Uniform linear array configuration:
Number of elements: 48
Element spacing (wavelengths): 0.5
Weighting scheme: cosine
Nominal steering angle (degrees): -45
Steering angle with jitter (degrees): -43.942
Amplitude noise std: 0.05
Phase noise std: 0.05

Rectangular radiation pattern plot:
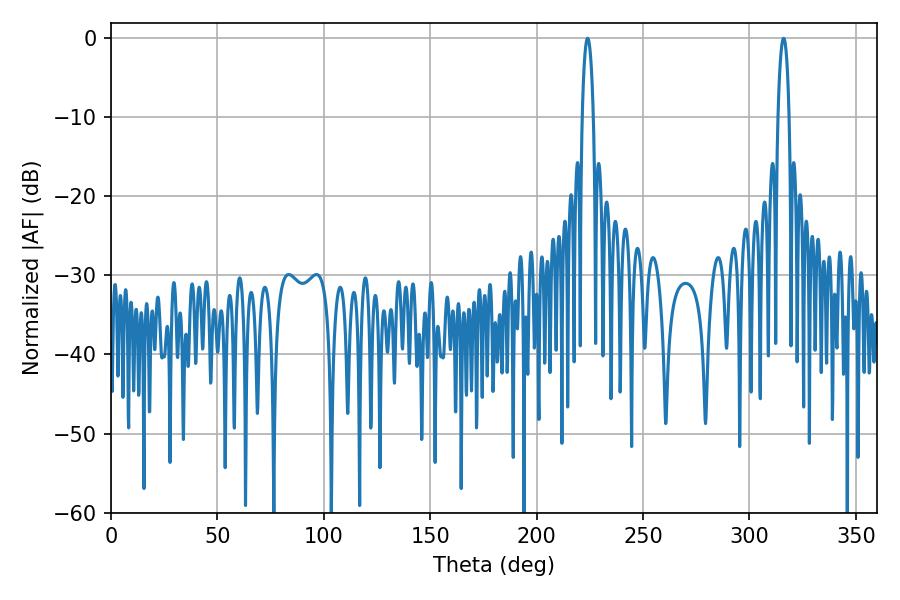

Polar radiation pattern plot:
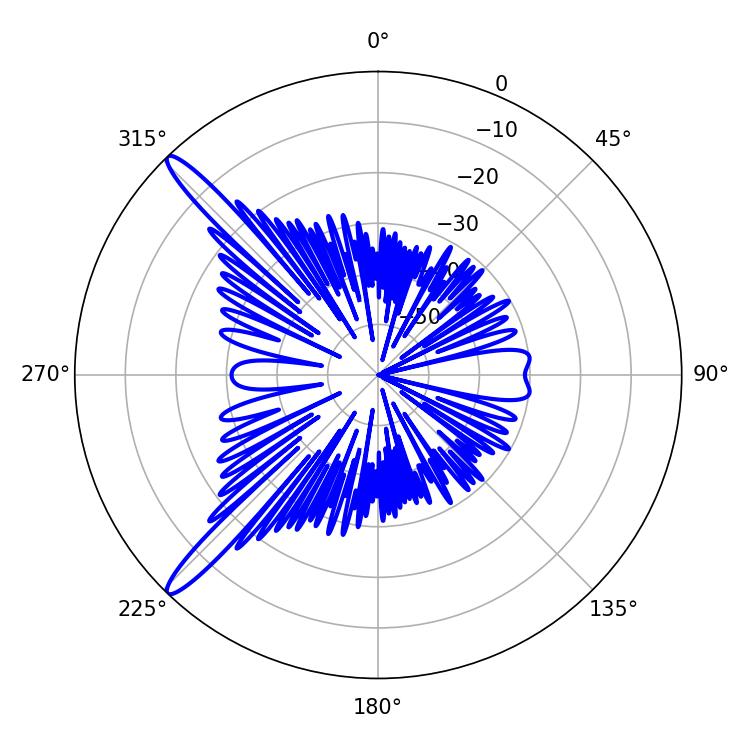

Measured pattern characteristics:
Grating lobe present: FALSE
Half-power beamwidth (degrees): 2.88
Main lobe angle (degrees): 223.92